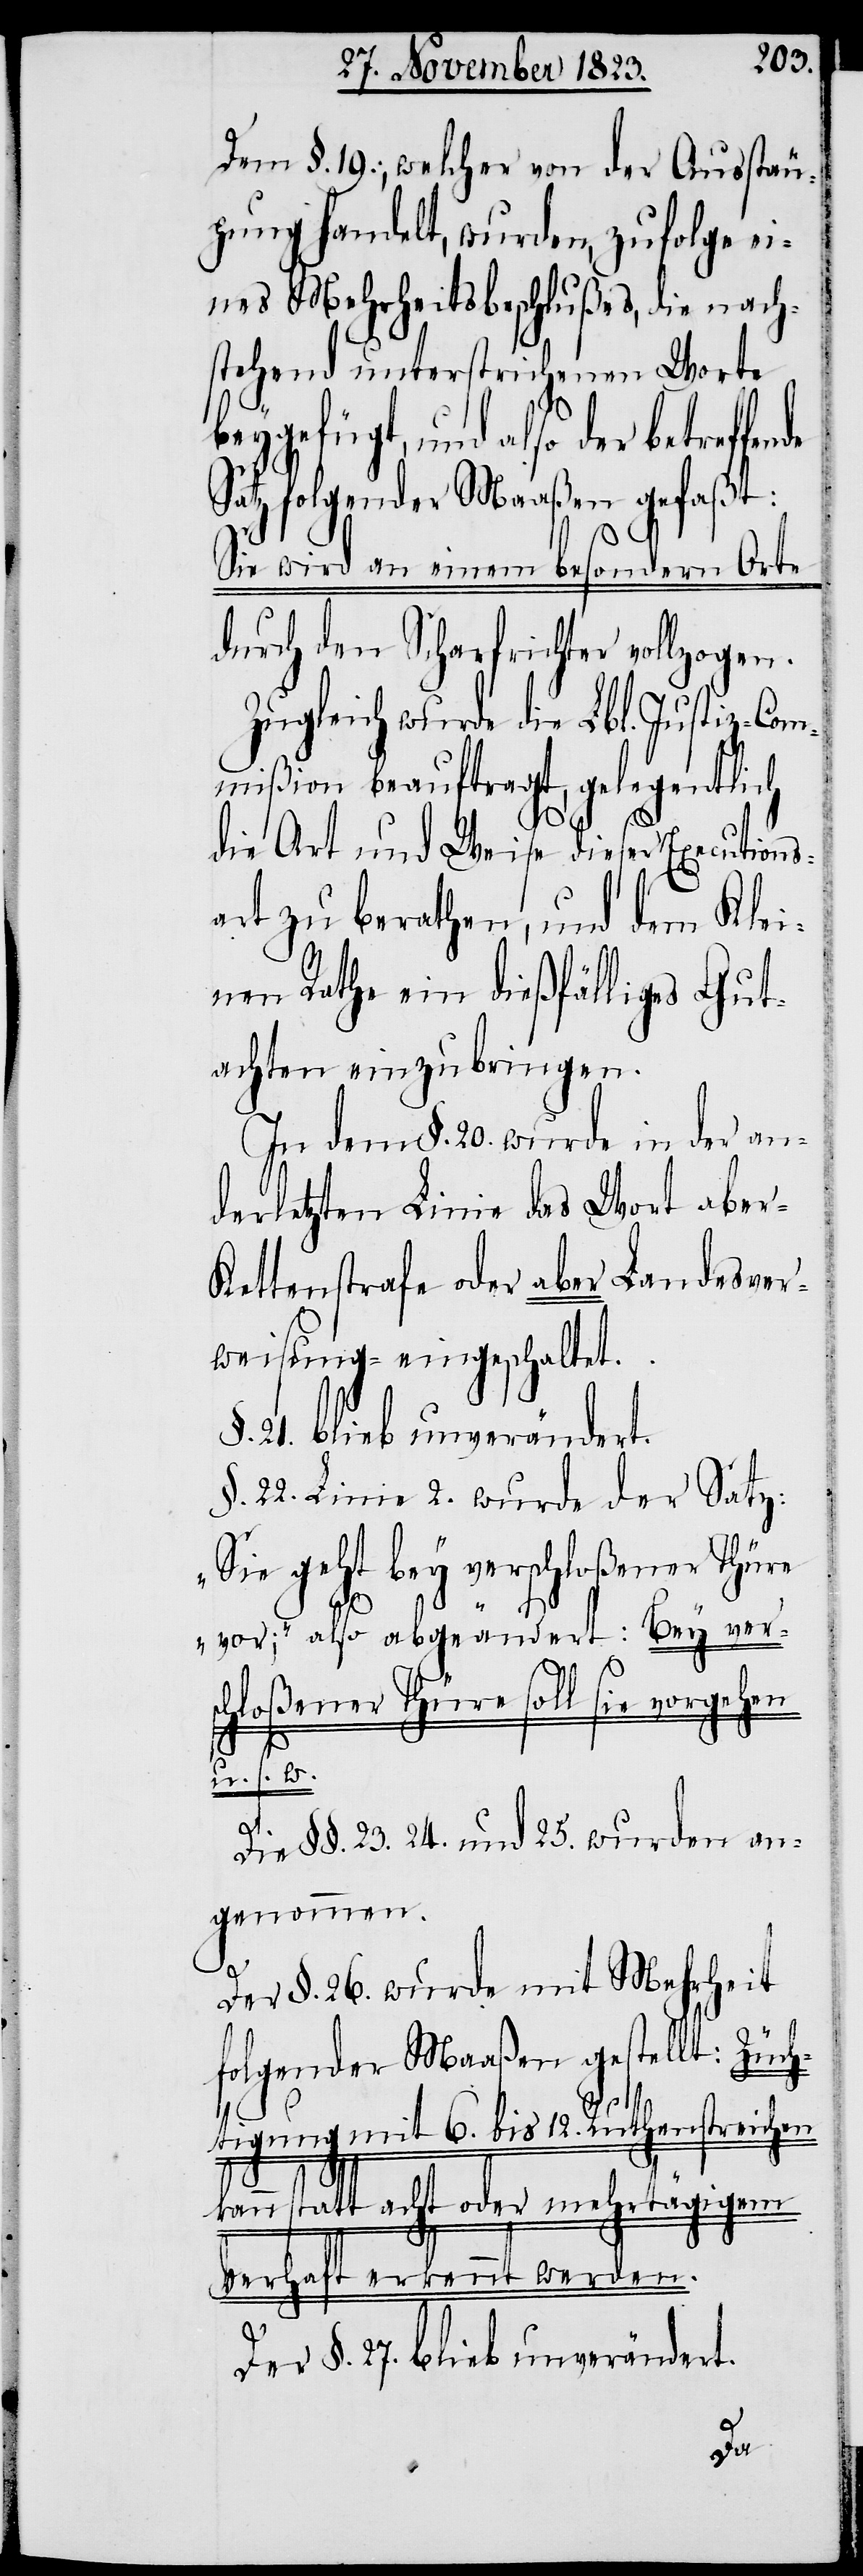
Dem §. 19., welcher von der Ausstäu¬
pung handelt, wurden, zufolge ei¬
nes Mehrheitsbeschlußes, die nach¬
stehend unterstrichenen Worte
beygefügt, und also der
Satz folgender Maaßen gefaßt:
Sie wird an einem besondern Orte
durch den Scharfrichter vollzogen.
Zugleich wurde die Lbl. Justiz-Com¬
mißion beauftragt, gelegentlich
die Art und Weise dieser Executions¬
art zu berathen, und dem Klei¬
nen Rathe ein dießfälliges Gut¬
achten einzubringen.
In dem §. 20. wurde in der an¬
derletzten Linie das Wort aber
Kettenstrafe oder aber Landesver¬
weisung − eingeschaltet.
§. 21. blieb unverändert.
§. 22. Linie 2. wurde der Satz:
„Sie geht bey verschloßener Thüre
vor“; also abgeändert: Bey vers¬
chloßener Thüre soll sie vorgehen
u. s. w.
Die §§. 23. 24. und 25. wurden an¬
genommen.
Der §. 26. wurde mit Mehrheit
folgender Maaßen gestellt: Züc¬
htigung mit 6. bis 12. Ruthenstreichen
kann statt acht oder mehrtägigem
Verhaft erkennt werden.
Der §. 27. blieb unverändert.